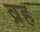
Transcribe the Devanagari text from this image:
व्रह